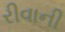
રીવાની